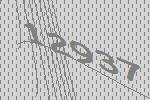
12937